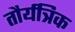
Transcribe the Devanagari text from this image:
तौर्यत्रिक